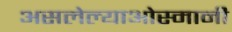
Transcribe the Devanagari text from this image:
असलेल्याओस्मानी